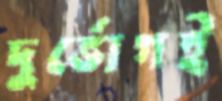
দুর্ভোগই